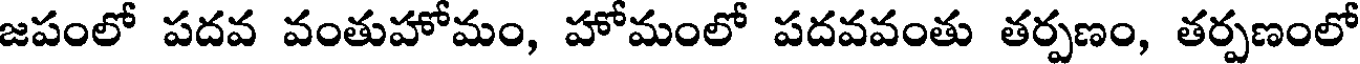
జపంలో పదవ వంతుహోమం, హోమంలో పదవవంతు తర్పణం, తర్పణంలో